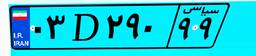
۰۳D۲۹۰۹۹